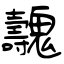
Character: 魗